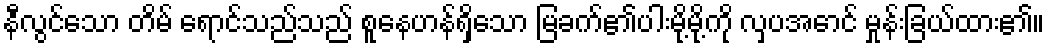
နီလွင်သော တိမ် ရောင်သည်သည် စူနေဟန်ရှိသော မြခက်၏ပါးမို့မို့ကို လှပအောင် မှုန်းခြယ်ထား၏။